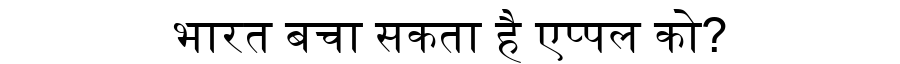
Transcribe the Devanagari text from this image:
भारत बचा सकता है एप्पल को?